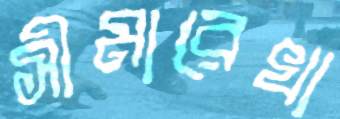
সীমারেখা